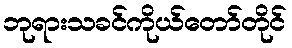
ဘုရားသခင်ကိုယ်တော်တိုင်